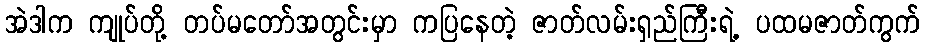
အဲဒါက ကျုပ်တို့ တပ်မတော်အတွင်းမှာ ကပြနေတဲ့ ဇာတ်လမ်းရှည်ကြီးရဲ့ ပထမဇာတ်ကွက်